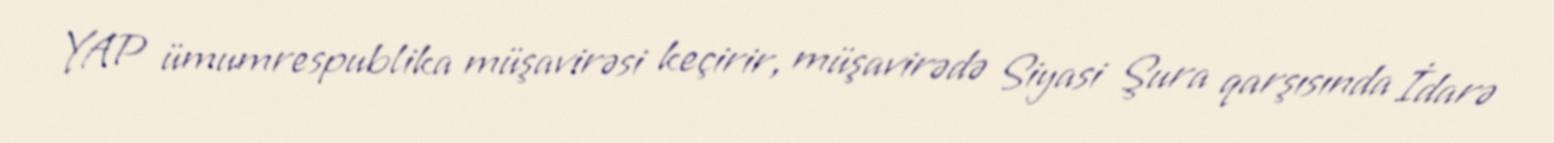
YAP ümumrespublika müşavirəsi keçirir, müşavirədə Siyasi Şura qarşısında İdarə